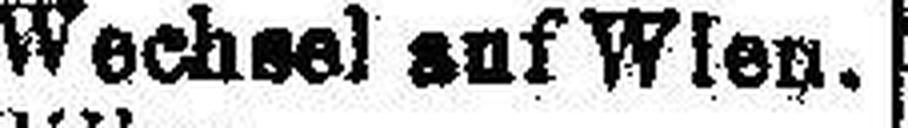
Wechsel auf Wien